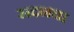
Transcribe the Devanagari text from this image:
सदनचा